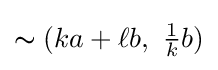
\thicksim (ka+\ell b,\ {\tfrac {1}{k}}b)